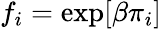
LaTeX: f_{i}=\exp[\beta\pi_{i}]